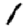
Digit: 1